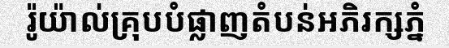
រ៉ូយ៉ាល់គ្រុបបំផ្លាញតំបន់អភិរក្សភ្នំ